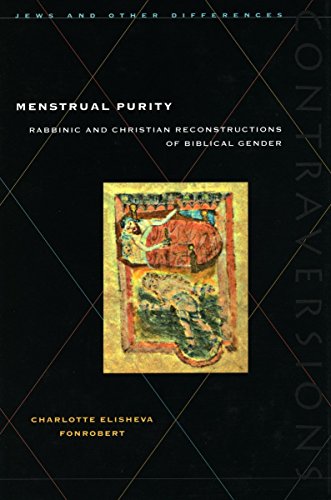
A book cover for Menstrual Purity: Rabbinic and Christian Reconstructions of Biblical Gender (Contraversions: Jews and Other Differenc); Charlotte Fonrobert; Health, Fitness & Dieting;